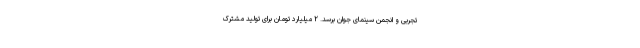
تجربی و انجمن سینمای جوان برسد. ۲ میلیارد تومان برای تولید مشترک